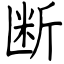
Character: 断